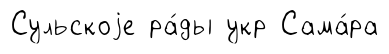
Сульскоjе ра́ды укр Сама́ра